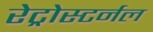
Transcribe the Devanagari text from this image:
रेट्रोस्टर्नल